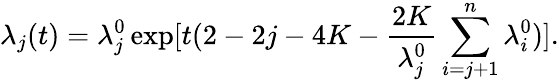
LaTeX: \lambda_{j}(t)=\lambda_{j}^{0}\exp[t(2-2j-4K-\frac{2K}{\lambda_{j}^{0}}\sum_{i=j+1}^{n}\lambda_{i}^{0})].